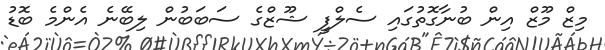
މިޒް މޫޒް އިން ބުނާގޮތުގައި ސެލްފީ ޝޫޒްގެ ސަބަބުން ލިބޭނެ އެންމެ ބޮޑު